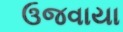
ઉજવાયા